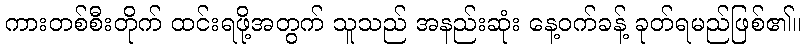
ကားတစ်စီးတိုက် ထင်းရဖို့အတွက် သူသည် အနည်းဆုံး နေ့ဝက်ခန့် ခုတ်ရမည်ဖြစ်၏။